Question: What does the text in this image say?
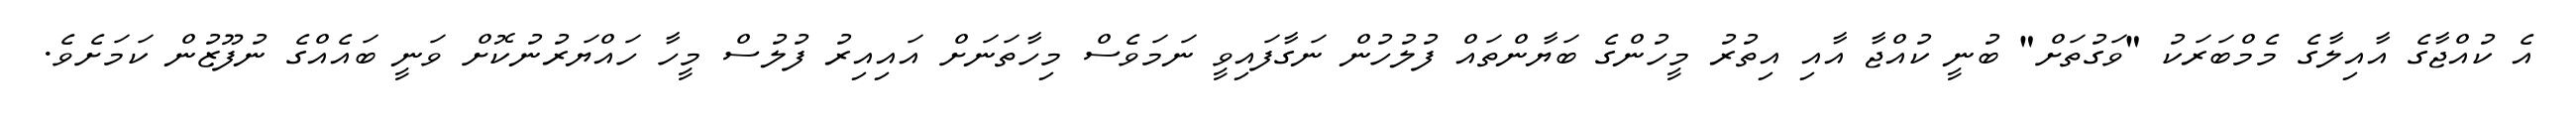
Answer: އެ ކުއްޖާގެ އާއިލާގެ މެމްބަރަކު "ވަގުތަށް" ބުނީ ކުއްޖާ އާއި އިތުރު މީހުންގެ ބަޔާންތައް ފުލުހުން ނަގާފައިވީ ނަމަވެސް މިހާތަނަށް އައިއިރު ފުލުސް މީހާ ހައްޔަރުނުކޮށް ވަނީ ބައެއްގެ ނުފޫޒުން ކަމަށެވެ.